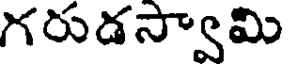
గరుడస్వామి